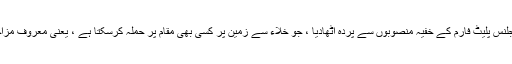
صلیبی: کوئی پچھتاوا نہیں سائلینسر نے بالآخر ڈبلیو ای ای کے خلائی اسٹیشن ، ویجلنس پلیٹ فارم کے خفیہ منصوبوں سے پردہ اٹھادیا ، جو خلاء سے زمین پر کسی بھی مقام پر حملہ کرسکتا ہے ، یعنی معروف مزاحمتی شہروں والے شہروں کو ڈبلیو ای سی کی فرصت سے ہی ختم کیا جاسکتا ہے۔